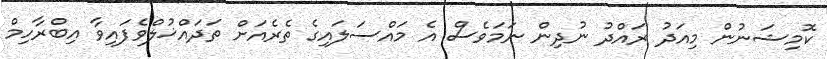
ކޮމިޝަނުން މިއަދު ރައްދު ނުދިން ނަމަވެސް އެ މައްސަލައިގެ ތެރެއަށް ތަދައްޚުލްވެފައިވާ އިބްރާހިމް